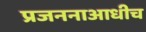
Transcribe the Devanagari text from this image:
प्रजननाआधीच